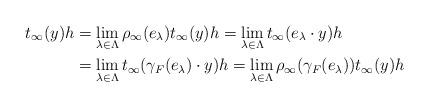
LaTeX: \begin{align*}t_\infty(y)h&=\lim_{\lambda\in \Lambda} \rho_\infty(e_\lambda)t_\infty(y)h=\lim_{\lambda\in \Lambda} t_\infty(e_\lambda \cdot y)h\\&=\lim_{\lambda\in \Lambda} t_\infty(\gamma_F(e_\lambda) \cdot y)h=\lim_{\lambda\in \Lambda}\rho_\infty(\gamma_F(e_\lambda)) t_\infty(y)h\end{align*}